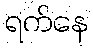
ရက်နေ